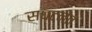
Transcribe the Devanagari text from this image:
सघटनेत